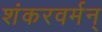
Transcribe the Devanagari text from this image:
शंकरवर्मन्